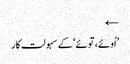
←
’اُوئے، توئے‘ کے سہولت کار